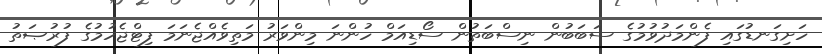
ހަށިގަނޑުގައި ފެންމަދުވުމުގެ ސަބަބުން ނިސްބަތުން ސޯޑިއަމް ހުންނަ މިންވަރު މަތިވެއްޖެނަމަ ފިޓްޖެހުމުގެ ފުރުޞަތު